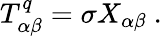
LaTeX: T_{\alpha\beta}^{q}=\sigma X_{\alpha\beta}\ .